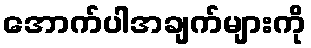
အောက်ပါအချက်များကို